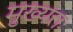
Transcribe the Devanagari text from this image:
मुख्यत्तः